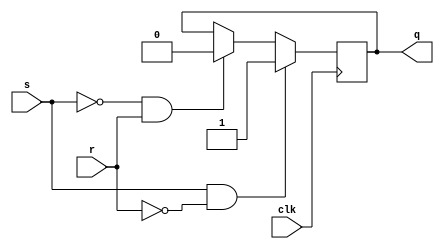
module sr_flipflop (
  input wire clk,
  input wire s,
  input wire r,
  output reg q
);

always @(posedge clk) begin
  if (s && !r) begin
    q <= 1'b1; // Set the flip-flop to the high state
  end else if (!s && r) begin
    q <= 1'b0; // Reset the flip-flop to the low state
  end
end

endmodule